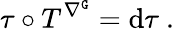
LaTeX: \tau\circ T^{\nabla^{\mathtt{G}}}=\mathrm{d}\tau\ .